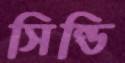
সিন্ডি